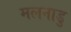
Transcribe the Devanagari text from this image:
मलनाडु